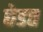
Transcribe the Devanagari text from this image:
छेडत